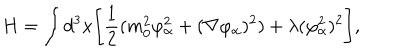
LaTeX: H = \int d ^ { 3 } x \Biggl [ { \frac { 1 } { 2 } } ( m _ { 0 } ^ { 2 } \varphi _ { \alpha } ^ { 2 } + ( \nabla \varphi _ { \alpha } ) ^ { 2 } ) + \lambda ( \varphi _ { \alpha } ^ { 2 } ) ^ { 2 } \Biggr ] , \,